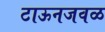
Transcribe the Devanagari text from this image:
टाऊनजवळ